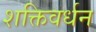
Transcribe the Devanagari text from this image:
शक्तिवर्धन